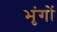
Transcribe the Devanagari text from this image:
भृंगों